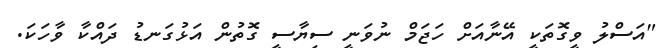
"އަސްލު ވީގޮތަކީ އޭނާއަށް ހަޖަމް ނުވަނީ ސިޔާސީ ގޮތުން އަޅުގަނޑު ދައްކާ ވާހަކަ.